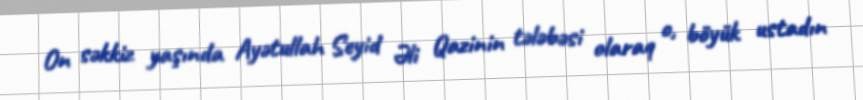
On səkkiz yaşında Ayətullah Seyid Əli Qazinin tələbəsi olaraq o, böyük ustadın